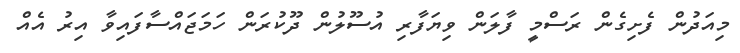
މިއަދުން ފެށިގެން ރަސްމީ ފާލަން ވިޔަފާރި އުސޫލުން ދޫކުރަން ހަމަޖައްސާފައިވާ އިރު އެއް